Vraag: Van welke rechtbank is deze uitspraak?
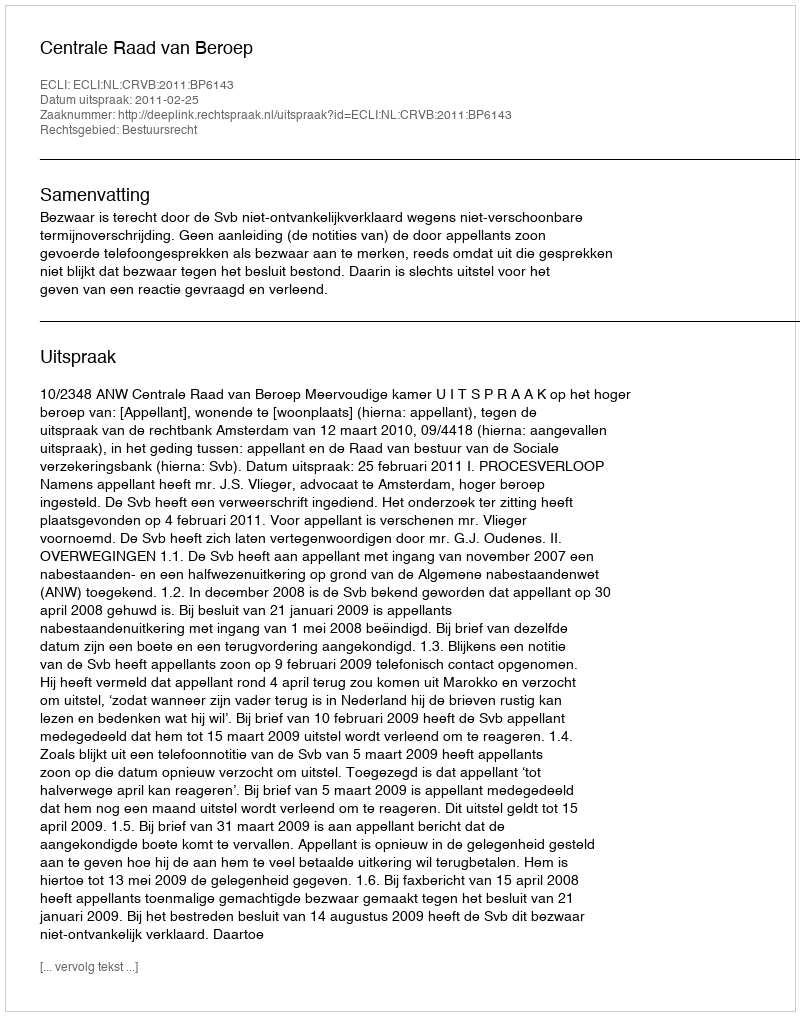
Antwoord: Centrale Raad van Beroep